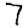
Digit: 7